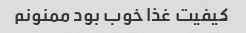
کیفیت غذا خوب بود ممنونم